Report on vaccination in Madras 1904-1921 - 1904-1921
Year: 1904
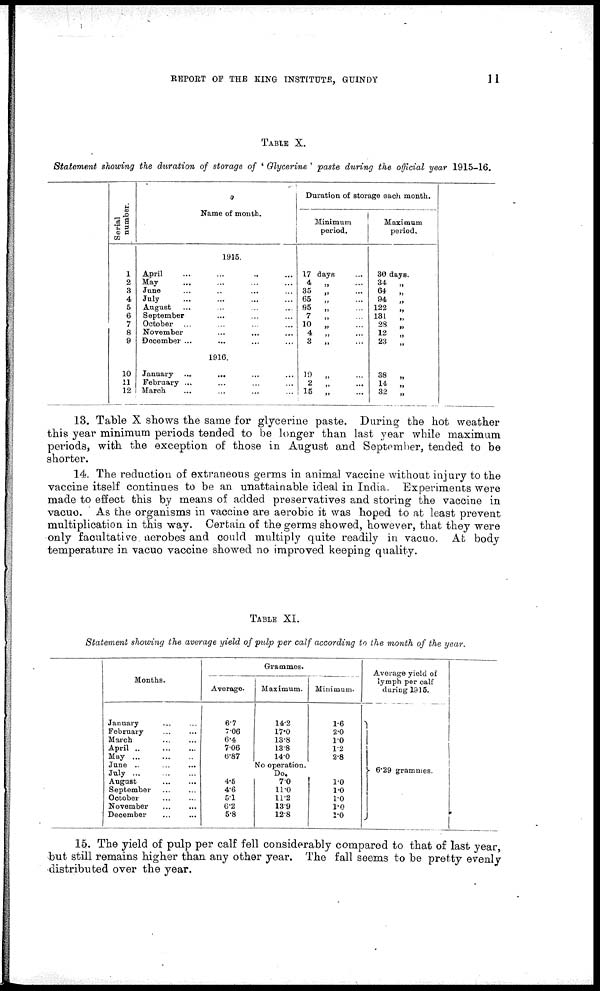
REPORT OF THE KING INSTITUTE, GUINDY
11
TABLE X.
Statement showing the duration of storage of ' Glycerine ' paste during the official year 1915-16.
Serial
number.
1
2
3
4
5
6
7
8
9
10
11
12
Name of month.
1915.
April
...
...
...
...
May
...
...
...
...
June
...
...
...
...
July
...
...
...
...
August
...
...
...
...
September ... ... ... ...
October
...
...
...
...
November
...
...
...
...
Docember ... ... ... ...
1916.
January
...
...
...
...
February ... ... ... ...
March
... ... ... ...
Duration of storage each month.
Minimum
period.
17 days ...
4
„
...
35
„ ...
65
„ ...
95
„ ...
7
„ ...
10
„ ...
4
„ ...
3
„ ...
19
„ ...
2
„ ...
15
Maximum
period.
30 days.
34
„
64
„
94
„
122
„
131
„
28
„
12
„
23
„
38
„
14
„
32
„
13. Table X shows the same for glycerine paste. During the hot weather
this year minimum periods tended to be longer than last year while maximum
periods, with the exception of those in August and September, tended to be
shorter.
14. The reduction of extraneous germs in animal vaccine without injury to the
vaccine itself continues to be an unattainable ideal in India. Experiments were
made to effect this by means of added preservatives and storing the vaccine in
vacuo. As the organisms in vaccine are aerobic it was hoped to at least prevent
multiplication in this way. Certain of the germs showed, however, that they were
only facultative aerobes and could multiply quite readily in vacuo. At body
temperature in vacuo vaccine showed no improved keeping quality.
TABLE XI.
Statement showing the average yield of pulp per calf according to the month of the year.
Months.
January ... ...
February
...
...
March ... ...
April
...
...
...
May
...
...
...
June
...
...
...
July
...
...
...
August
...
...
...
September ... ... ...
October ... ... ...
November ... ... ...
December ... ... ...
Grammes.
Average.
6.7
7.06
6.4
7.06
6.87
4.5
4.6
5.1
6.2
5.8
Maximum.
14.2
17.0
13.8
13.8
14.0
No operation.
Do.
7.0
11.0
11.2
13.9
12.8
Minimum.
1.6
2.0
1.0
1.2
2.8
1.0
1.0
1.0
1.0
1.0
Average yield of
lymph per calf
during 1915.
6.29 grammes.
15. The yield of pulp per calf fell considerably compared to that of last year,
but still remains higher than any other year. The fall seems to be pretty evenly
distributed over the year.